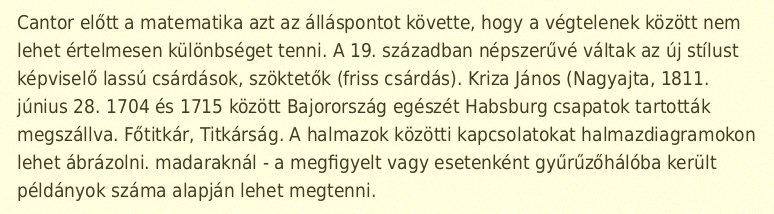
Cantor előtt a matematika azt az álláspontot követte, hogy a végtelenek között nem lehet értelmesen különbséget tenni. A 19. században népszerűvé váltak az új stílust képviselő lassú csárdások, szöktetők (friss csárdás). Kriza János (Nagyajta, 1811. június 28. 1704 és 1715 között Bajorország egészét Habsburg csapatok tartották megszállva. Főtitkár, Titkárság. A halmazok közötti kapcsolatokat halmazdiagramokon lehet ábrázolni. madaraknál - a megfigyelt vagy esetenként gyűrűzőhálóba került példányok száma alapján lehet megtenni.